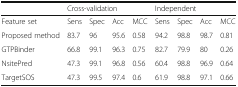
|  | <COLSPAN=4> Cross-validation | <COLSPAN=4> Independent |
 | --- | --- | --- | --- | --- | --- | --- | --- | --- |
 | Feature set | Sens | Spec | Acc | MCC | Sens | Spec | Acc | MCC |
 | Proposed method | 83.7 | 96 | 95.6 | 0.58 | 94.2 | 98.8 | 98.7 | 0.81 |
 | GTPBinder | 66.8 | 99.1 | 96.3 | 0.75 | 82.7 | 79.9 | 80 | 0.26 |
 | NsitePred | 47.3 | 99.1 | 96.8 | 0.56 | 60.4 | 98.8 | 96.9 | 0.64 |
 | TargetSOS | 47.3 | 99.5 | 97.4 | 0.6 | 61.9 | 98.8 | 97.1 | 0.66 |